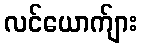
လင်ယောက်ျား